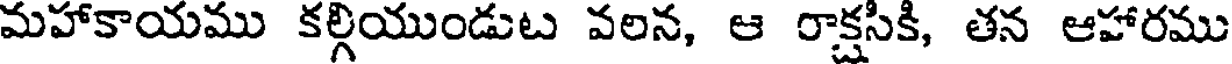
మహాకాయము కల్గియుండుట వలన, ఆ రాక్షసికి, తన ఆహారము